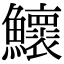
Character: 𬵹